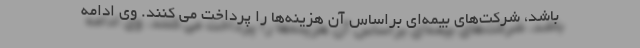
باشد، شرکت‌های بیمه‌ای براساس آن هزینه‌ها را پرداخت می کنند. وی ادامه